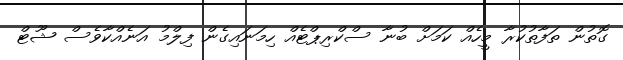
ގޮތުން ތަފާތުކުރާ މީހެއް ކަމަށް ބުނާ ސްކްރިޕްޓެއް ހިމަނައިގެން ފިލްމު އަނެއްކާވެސް ޝޫޓް